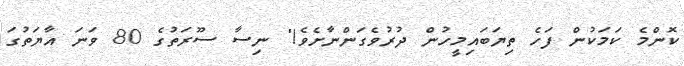
ކޮންމެ ކަމަކުން ފަހެ ތިޔަބައިމީހުން ދުރުވެގަންނާށެވެ!" ނިސާ ސޫރަތުގެ 80 ވަނަ އާޔަތުގަ